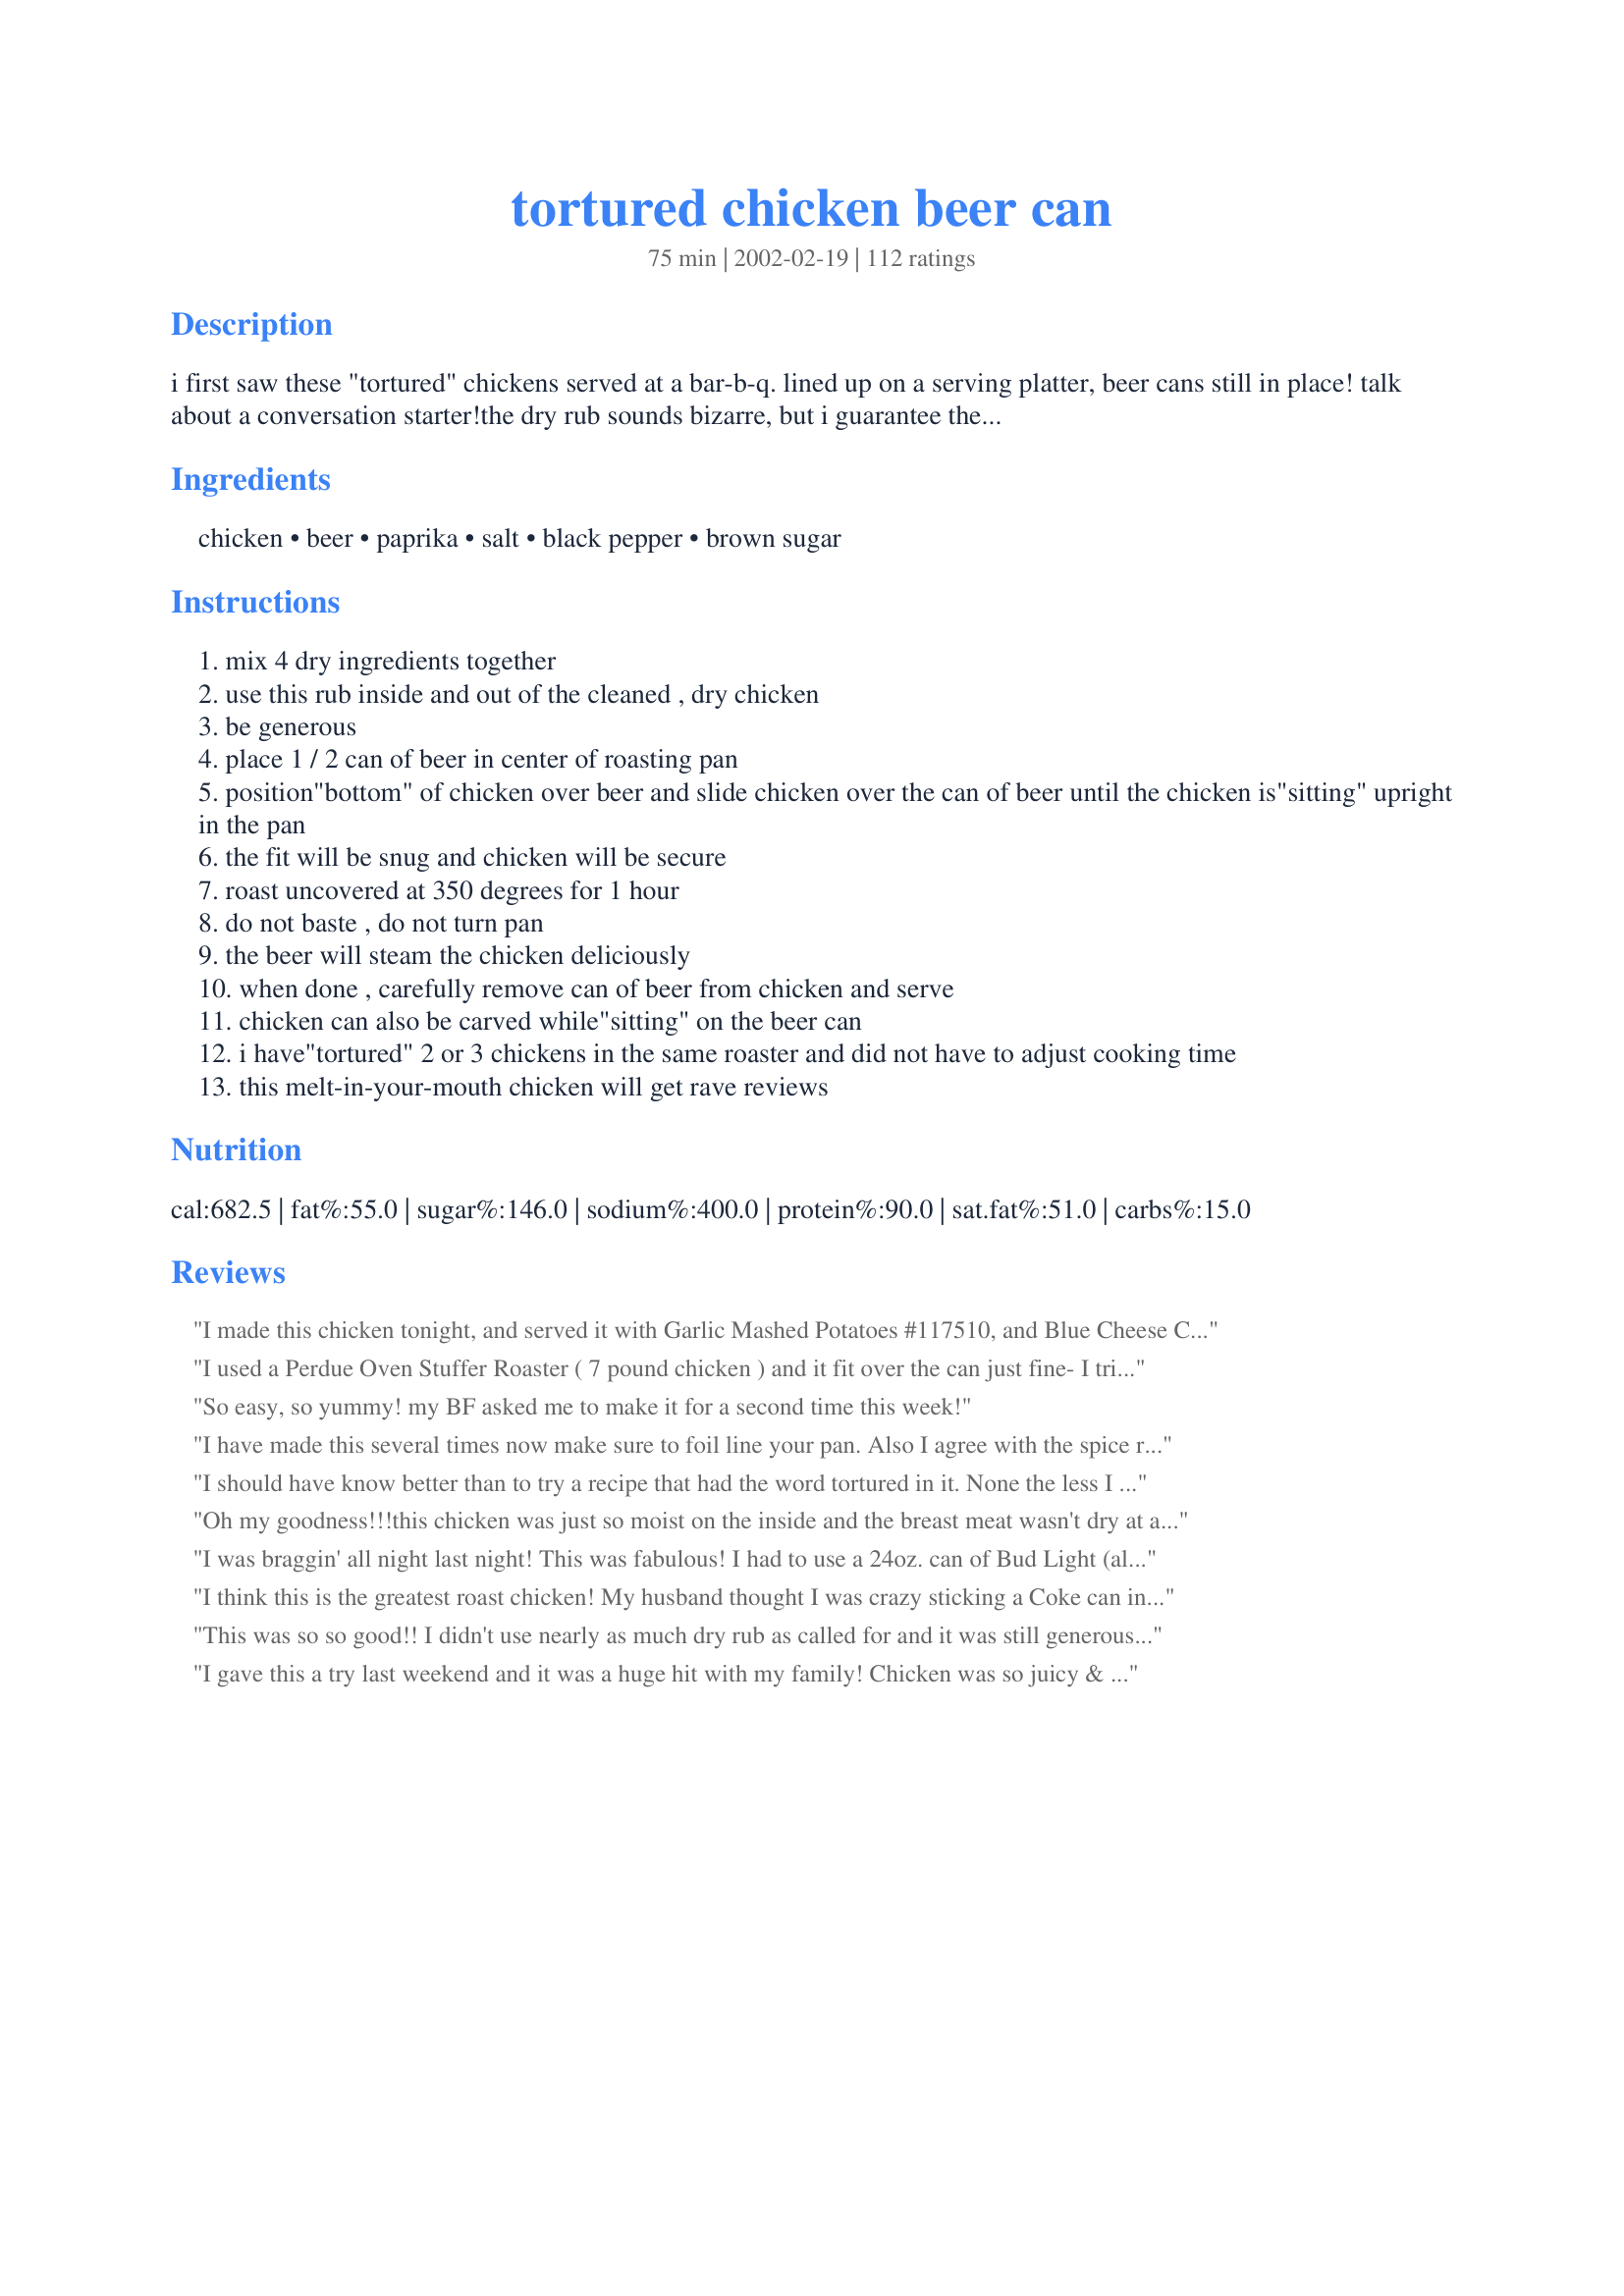
tortured chicken beer can
Preparation time: 75 minutes

i first saw these "tortured" chickens served at a bar-b-q. lined up on a serving platter, beer cans still in place! talk about a conversation starter!the dry rub sounds bizarre, but i guarantee the proportions blend into a delicious combination.

Ingredients:
chicken, beer, paprika, salt, black pepper, brown sugar

Steps:
mix 4 dry ingredients together
use this rub inside and out of the cleaned , dry chicken
be generous
place 1 / 2 can of beer in center of roasting pan
position"bottom" of chicken over beer and slide chicken over the can of beer until the chicken is"sitting" upright in the pan
the fit will be snug and chicken will be secure
roast uncovered at 350 degrees for 1 hour
do not baste , do not turn pan
the beer will steam the chicken deliciously
when done , carefully remove can of beer from chicken and serve
chicken can also be carved while"sitting" on the beer can
i have"tortured" 2 or 3 chickens in the same roaster and did not have to adjust cooking time
this melt-in-your-mouth chicken will get rave reviews

Reviews:
I made this chicken tonight, and served it with Garlic Mashed Potatoes #117510, and Blue Cheese Chopped Salad #114912 - what a wonderful meal!!! DH wants it again this week!!!
I used a Perdue Oven Stuffer Roaster ( 7 pound chicken ) and it fit over the can just fine- I trippled the ingredients. I roasted the chicken until the thermometer read 170 degrees F. The chicken came out great--everyone loved it. I made soup out of the carcass the next day. thank you.
So easy, so yummy! my BF asked me to make it for a second time this week!
I have made this several times now make sure to foil line your pan. Also I agree with the spice rub being too much for one chicken, I usually just bag the extra, label it and save it for next time but could just as easily cut the spice rub recipe in half
I should have know better than to try a recipe that had the word tortured in it. None the less I gave in to the rave reviews. My husband commented that the chicken was definitely tortured, and I couldn't even eat mine. I had hoped to add to the wondeful things said about this recipe but I can't.
Oh my goodness!!!this chicken was just so moist on the inside and the breast meat wasn't dry at all.when i was looking at the ingredients for the rub, i was thinking that was way too much salt,so i cut way back on everything.this is how i made the rub, i used 1/4 cup of packed brown sugar,1 1/2 teaspoons salt, 1 teaspoon back pepper,2 teaspoons paprika,and i added about 1 1/2 teaspoons garlic powder. i had a 4 pound chicken and this was plenty of rub for it inside and out. since it was a bigger bird i let it bake for an 1 1/2 at 350º.it turned out so great.this will be made often in my home.thank you so much for posting.
I was braggin' all night last night! This was fabulous! I had to use a 24oz. can of Bud Light (all I could find at store). Rubbed chicken with seasonings and let sit in refrigerator 24hrs. Baked 50 minutes....the juiciest chicken I've ever tasted!
I think this is the greatest roast chicken! My husband thought I was crazy sticking a Coke can into this chicken, but now he can't stop raving!
This was so so good!! I didn't use nearly as much dry rub as called for and it was still generous and it came out so delicious!!! The chicken was so moist!! I made chicken broth with the leftover bones and skin and whatever little meat was left!! Thanks for this wonderful recipe!!
I gave this a try last weekend and it was a huge hit with my family! Chicken was so juicy & tender! I've shared this recipe with many of my friends since then and they've all LOVED it too! Thanks so much!!
Everyone loved these tortured chickens! I made this recipe for a family get together. The unusal presentation got them all interested and the taste kept them coming back for more. I made four 3.5 to 4lb chickens on this occasion and still had enough rub leftover to make two more later in the week. My family especially loves this recipe because cooking upright means lots of crispy seasoned skin on these birds. A definate favorite in my house.
I rub this at home and then bring it to camp with us. The whole family loves it and it's our camping ritual. :D
I chose this recipe because I wanted to try this type of chicken, but one that would work well in the oven since I don't have an outside grill. Based on the reviews, I expected this to be great. I followed the directions exactly and not only was the flavor not all that great, the entire dinner was a bust. At the end of an hour of bakinbg the top of the chicken was almost burnt and dried out and the bottom was pretty much raw. This, even after a comment I saw in the reviews I took all my oven racks except the bottom one to even out the heat so that wouldn't happen. Didn't work. So I had to cover the top with foil and take out the other dishes I had to go with it and continue baking for almost 50 minutes (and my oven is pretty on target), then had to reheat the other dishes which did not exactly improve them. And this was only a 2 lb chicken, I could only imagine a 2.5 lb. one. Nobody was even very impressed by the flavor. Some found it too spicy and salty, some just found it unimpressive. I had hoped the steaming would mellow out the flavors and it would all blend together well and it did not. I'm sorry, I had really expected to like this, and I don't like giving low reviews, but between the disappointing flavor and the disastrous results when I had guests for something as simple as a roast chicken, and the fact that the directions did not come close to realistic, I had to be honest. Pethaps this type of chicken really does need to be done on a grill where the heat is strongest where the bird is thickest.
Delicious! I didn't use as much paprika and I added some other spices. Used Bud Light since that is what hubby drinks. I was really excited to try the recipe and after it was finished, I was cleaning the meat off the chicken and couldn't stop sneaking pieces. I asked my husband how he liked it and he said, "It was okay." But found out a few days later that he told his mom all about it and how good it was. (We're newlyweds and he always compares his dad's cooking to mine... I usually loose, so I was happy!) Will definitely make again as it has been requested by the in-laws. Thank you!
I believe in Keep It Simple. This recipe passes the test.

I was concerned about the amount of 'rub' to put on the chicken. I was right -- it was far too much. I was concerned about the sugar as we are not into 'sweet' dishes. For me, I was right.

The result -- about the most tender chicken I ever cooked. It also made terrific sandwiches for lunch the next day. Alas, having generously applied the rub, we discarded the wings. Too sweet and too salty.

Will I 'torture' a chicken again? You bet. However, next time, I would vary the ingredients for the rub. Very much reduce the salt and the sugar -- and add some favourites such as garlic, perhaps chili, etc.

Debra, thank your for introducing us to 'chicken on a tinnie' (can of beer).
This is delicious, moist chicken. I sprayed the can with vegetable cooking spray which made it easier to remove when the bird cooled down a bit. Since I am a solo diner, I made this on a Saturday, ate a portion for dinner, saved a portion for Monday lunch, then on Sunday made soup from the leftover parts (I rinsed off the glaze before simmering). The broth had a rich deep color and was very tasty.
This was the best chicken I have ever tasted!! So moist and the flavor was wonderful!
So tender! Only problem I had was the bird and can kept tipping over as I tried to get them in the oven. Next time, I'll probably leave out a little pepper and paprika to make room for some garlic. Very nice.
Very good chicken.
The recipe makes WAY to much rub though, I was very generous with it and threw more than half away, stupid me didnt think to put the rub in something and sroinkle it on the chicken, I just sat the chicken in it and rubbed it on, so it is my fault so much was wasted.
I used Coors and I was afraid it would taste like it, it had zero beer flavour at all.
I cooked this in the oven, it took 30 minutes longer than the recipe stated for me.
This is a unique idea.
I must admit I was a bit skeptical about the amounts in the ingredients, but decided to give it a go. The worse that could happen is that I would not like it, but I could always remove the skin. Well, my husband (not knowing how recipes are rated) said, &quot;Honey, you get 5 stars with this meal&quot;. It was delicious!!! But, I can't imagine using all the seasoning for a 2-2 1/2 lb chicken. I made a 5 1/2 lb chicken and was &quot;extremely&quot; generous with the seasoning (used it all). I found it difficult to remove the can before serving so I served it intact. I served it with Sweet Onions (a recipe that I just posted here today) and roasted asparagus (with garlic, red, yellow and green peppers) which I am about to post.
UPDATE: Made this for the second time. I cut the rub recipe in half and still didn't use it all. Had plenty left over. The top of the chicken and the wings were burnt black (both times). Really to burnt to eat. The next time I make this recipe I will definately cover them with chef's foil once they have browned.

I wonder if anyone else has had this happen. I have a convection oven &amp; cooking temperatures are always lower by, at least, 25 degrees.
It amazingg recipe, I put all herbs i had here, and at the end, u take out the juice in the can, and cook a few with some flour to thiken , and serve over the chiken as a sauce.
The best chiken i ever ate.....
I've had this can of beer in my fridge for a while,left over from when some of the guys came over to watch footie,and as my husband will only drink bottled beer I felt compelled to put it to some good use!! Very glad that I did!! I cut down the quantity of the rub,but still using the same proportions.I was very generous with it,but still had loads left over (stored in an airtight for next time).The skin was wonderfully crisp and the paprika and sugar gave it a wonderful flavour.The chicken itself was moist and tender.I had to dismember it on the can,as I had rammed it on there so hard,but no great hardship.I served this with a warm baked potato salad,and crisp salad,and it was fantastic.I know that you can also do this with wine in a can.Either way,you should give it a go-I'll be doing it again!!
This recipe is the quickest and easiest way to fix chicken. I made two chickens and had plenty without doubling rub amounts. I did also add a bit of garlic powder. I sprayed the beer cans with cooking spray but should have also sprayed the pan for easier clean up. Eveyone loved the chicken, it was very moist and tender. I love cold leftover chicken and this was the best leftover chicken I have ever eaten! ***Almost forgot...BE SURE THAT YOUR CHICKEN FITS IN THE OVEN BEFORE YOU PREHEAT IT! I had to take the top rack out at home and at my MIL's. ***
I have been hearing about this for awhile and wanted to try it. WOWSERS very happy I did! Made for bbq b-day party and it got RAVE reviews.
Great recipe I have made this several times the only change I make is cutting down on the salt.
I am thinking of using Chipotle powder next time instead of paprika.
Perfect chicken is all I can say. I have been making beer in the but chicken for years outside in summer, never occured to me to make it in the oven dah! This is the second time I am makin this, and realized I haven't reviewed it. I loved it, we all did, because I am a WW I didn't get to try the skin, boohoo, but I am sneakin a bite tonite! Last time I did exactly as written and by reviews new rub would be too much, I just put extra in container and was ready to go today. Love that too. Convient. My husband who hates a lot of salt, even told a waiter at a resturant they were trying to vapor lock him with too much salt on his food and sent it back, never said a word about too much salt. Amazing to me after reviews. But we give this 2 thumbs up. Also today I don't have any beer, lots of soda though and I chose to use a Pepsi holiday spice, because no one likes it to drink, thinking that might add another flavor, I feel very confindent it will be delicious also.
I made this a few nights ago with a 2.5 kilo chook, in a foil-lined pan. I halved the rubbing mixture and it was about the right amount. VERY messy hands LOL. Sadly, my chook fell over about half way thru cooking. I drained off most of the beer but the skin could've been crispier. Nevertheless, this dish was superbly moist & tender & a big hit with son & hubby. I will definitely be making it many times in the future. I've sent an urgent email to son's Godparents in Utah to hunt for a Beer In The But holder to bring when they come to Perth in October but in the meantime, maybe I'll try a smaller chook.

The leftovers were fabulous warmed and served with Lebanese bread, hummos, tabbouleh & baba ghanoush (my standard way of using leftover roasts).
This chicken is fabulous! Tender, juicy and very flavorful. I used all the suggested amounts on a 7 pounder, using a ceramic baking pan made for cooking a chicken on end, and baking till done. I will very definitely prepare this recipe again and look forward to it! Thanks for submitting this recipe, debra dolman!
i used this in conjunction with the technique in recipe #105725. so i stuffed lemons and garlic in the cavity. i roasted for an hour at 400, then added the water and cooked at 300 until 180 degrees F (not sure why the recipe called for bringing it back up). i think that helped keep it from getting too black on top? i also reduced the rub and still came out w/enough for a 2nd chicken (i used 1/4 c. each of paprika, salt, pepper and 1/2 c. of brown sugar). i ate a wing and almost half the skin immediately. my chicken was smaller (about 2 lbs?), so i think that's why it doesn't fall over. with the bigger chickens, it might be good to use a bigger can for stability.
That must have hurt ;) Shouldn't this recipe be rated "R"?

As you say, a great conversation starter.
This was OK, to prevent the can from sticking and the cleanup problem, I sprayed the can and pan with pam. Way to much rub and cooking time is too short, it took 1.5 hours for a 2.5 pound chicken. A little too weat for use but the meat was tender ans juicey.
After several e-mails about this chicken from others, and reading the reviews, I too cut the salt way back! 1/3 cup for one 4.5 pound chicken was way too much. I made using 1 tablespoon salt, 1-1/2 tablespoon pepper, 2 tablespoons paprika and 3 tablespoons brown sugar. The chicken as perfect! I don't eat the skin of the chicken but the meat was moist and the rub flavored every single bite. Thanks for a great meal!
Personally, I did not care for it. I don't really like paprika so I should've known that 1/3 cup of it would not make me like it any better. Too salty, I would use a different rub instead. Sorry, it was a waste of chicken for me.
Oh my goodness, this was so good!! The chicken only fell over a couple of times (tipsy from the beer, I guess), and the taste was amazing. I had a 5 lb chicken, and it took close to 2 hours to cook, plus my wings and the top started to burn, so I covered with foil, but this was such and easy, yummy recipe, I can't wait to make again! This will be the ONLY way we roast chicken now! Thanks for posting such a delicious recipe!
I did this recently on a gas BBQ (light only one side, and cook the chicken on the UNlit side). I also threw some of the rub into the half can of beer. What's good about this recipe is that you can change the rub for a whole nother flavor, perhaps Indian spices, for example. When I did mine I also put some mesquite chips that I'd soaked in water for a while in a foil packet, poked some holes in it, put it right on the briquettes, and closed the BBQ for an hour. The most terrific thing about this recipe is how moist the chicken turns out.
DS is scarred for life having to assemble this. We cooked this on the BBQ with the lid closed. Fantastic chicken and great cold too!
We in the south call this beer butt chicken. I use a lot of creole seasoning for my dry rub and cook it on the grill. Work some of the dry rub under the skin too. My version is hot and spicy and yes moist and delicious. Gloria
this is a very good recipe and i will definitely make this recipe again. next time i will cut back on the salt because even though i am a salt fanatic this was too salty for me. i also suggest that you use a foil-lined pan because it gets very messy. i was very generous with the rub on my 2 1/2 pound chicken and had enough rub left over for probably 3 more chickens. i do recommend loosely tenting the top of the chicken with foil because it can get quite dark. thank you for sharing the recipe.
Made this for the third time, using the spice rub from recipe #95376 (for BBQ Salmon)--it was excellent and enjoyed by all with great flavor and much healthier....you can't find a way to cook chicken that will be moister than this!
I've wanted to make this for awhile because I love the name, had lots of the rub left and I too was generous with it. We all liked the 'barbecued' flavour and the chicken was very tender.
Took about 1 hour and 15 minutes to cook through.
This chicken really rocks. It was the name that prompted me to check out the recipe, but it's the way it tasted that's going to have me making this again and again. I was a little wary of the salt content (1 serving has 395% of the USRDA!) so I cut back on the salt, added some garlic and ground ginger instead. We're also not beer drinkers, I can't take the smell of it myself, so I used half a can of Coke instead. The chicken was delicious, the kids were fighting over the skin, and this recipe makes you wish a chicken had more than 2 legs as well. The skin came out crispy, the meat was moist, and there was nothing left for the poor dog!
The best roasted chicken I ever had.
Will make again.

This is an an excellent way to cook chicken and keep it moist. I have cooked chicken this way for years and vary the seasonings a lot. I now use a Tipsy Chicken cooker for my chicken instead of a beer can. It will not tip over. Go to the Tipsy Chicken or Char Broil web site to order one. One more thing, in Texas these are Beer in the Rear Chicken.
I don't know what Charmed is talking about but I sure appreciate this recipe. I love how it made my chicken juicy and the seasoning worked out well. I thought it was going to be sweet so I threw some minced garlic in my dry ingredients. I'll be torturing a chicken again after the holidays. Thanks a lot for this one Debra.
Way too salty--
I like the idea of baking a chicken this way and will try it using wine instead of beer, and season with garlic, onion powder and paprika (and maybe a dash of salt and sugar).
Great recipe! We did it on the gas grill & it turned out great. It does make a lot of rub so we put some in the beer can for added flavor.
The best roasted chicken we have ever had. Don't play with the spice mixture it's perfect. We cooked ours on the grill and the only addition was that we added about 1Tablespoon of liquid smoke to the beer can and stuffed a potato in the neck to keep the steam inside the bird. I used 1/3 cup of the seasoning and it was perfect for 1 - 4 lb. chicken. This one is a keeper.
great chicken. the rub is delicious! had fun watching the amused reactions from other people as the chicken was cooking (as my oven is in the common room, i stay in a university residential college), it does look really tortured! reduced the salt to less than 1/4 cup according to previous reviews and it was just right. thanks!
So I finally got around to trying this. It was excellent. Simple too. I made 3 to feed 10 people and it was just enough rub. I meant to put the rub under the skin as well as outside but spaced it. I wish I had. I was still good but I believe it would be even better under the skin too. I did coat the insides well and was generous on the outside too. The rub was not too salty. I think using a grinder to make the spices more evenly grond would be better. I used budweiser. I had slight balancing issues, but it was no problem. I sprayed the beer cans with pam before inserting but still had trouble getting out after cooked. It was easier after it was half carved. All 10 loved it. I will buy the can holding roaster at Wal Mart. This makes it very much like rotisserie. Very tender and awesome texture for chicken. I did put potatoes in the necks too but I don't think it would make much difference if I hadn't. I recommend everyone try to cook a chicken this way.
I have made a similar recipe called "Beer Can Chicken" and prepared it on the BBQ (gas) grill, often substituting a can of 7-Up/Sprite or Pepsi/Coke and Durkee Grill Mates seasoning. If you want really crispy skin, I rub the chicken with olive oil before seasoning. Also, at Walmart, I found a very useful "holder" made especially for this recipe. As a note, try spraying the cavity of the chicken with cooking spray for easy release from the can. I am going to try this seasoning recipe next time I prepare my chicken...the brown sugar sounds intriguing.
Great easy chicken recipe. I made 2 chickens at the same time. One of the chickens refused to stand up, but turned out good because it cooked lying in the spilled beer. The chicken was tasty and moist.
The chicken was very juicy, I will make it again. My chicken was about 5 pounds and I felt that the rub was way too salty for me. I will reduce the salt next time and use about half of the rub.
 Wow! This is an excellent, albeit unorthodox, way to cook chicken. Often, I encounter highly rated recipes that, frankly, leave me scratching my head, but this isn't one of them. I noticed that the dry rub called for twice the amount of brown sugar as spices, so I did 1/2 cup of sugar and 1/4 cup everything else. Even so, I still had enough for the one I made tonight and my next one (and there will be a next one). I might cut down on pepper the next time I make the rub. The salt could probably be cut down too with no loss of flavor. I used sea salt and whole black peppercorns and ground both myself. This might have accounted for the strong flavors of each. Even so, I have never had a chicken this moist and juicy. Now I'm going to be in search of a giant beer can to do my Thanksgiving turkey! Thanks for posting this.
Too salty and the can did not fit inside my 4lb. chicken (also fell over in the oven). With less salt the rub is good. I will make the rub again.
Fabulous and fun. Cooked up four 3 pounders and served them in centre of table in the low roaster they cooked in so guests could slice off their own portions. Did not increase the spices at all and still had more than enuf - did tent with foil half way through to prevent burning and lined pan with foil for easy cleanup. Cooked for 2 1/2 to 3 hours (use a meat therm to ensure cooked thru - believe 190F) Served up with several cold salads served in tortilla bowls. Great presentation and guests of 10 impressed. Thank You!
Delicious! All tho, pls make sure the cooking time is according to the weight of the chicken. It says 1 hour hrre, but if you notice it is for a 2.5 lbs chicken. Other wise, this was the bomb!
This was SO good. Tasty, juicy, terrific. I made half the rub and still had half left over, and I WAS generous.
I can't see why you couldn't massage this into wings, and bake them on a rack over a baking dish of beer in the oven or BBQ for yummy finger food.
A bit hard to extract the hot beer can but well worth it!
This was just amazing. I've never had such juicy chicken before.

My oven is quite small, so I had to have it on the very bottom, and I covered the top with foil since it was only an inch from the heating element. I also reduced the salt and added a good amount of garlic. It made far more rub than I need, so I have some in a jar now for the next time I make this. :-)
What a great recipe! The chicken was moist, tender and delicious! My guests and kids got a big kick out of the technique too! I used 3 pound chicken and had plenty of rub left over. I cut back on the black pepper as I am not a big pepper fan and would have liked the skin to be a bit more crisp but I think I will need to do some tweaking to find just the right rub for me. Overall it was a great meal and I will definitely be cooking this again.
This chicken is very delicious and fun to fix.
All the great reviews inspired me to try this. I was glad i did. I did brine the chicken during the day (about eight hours) The only thing I did differently after that was to add some garlic powder and onion powder to the rub mixture. Getting the can out was a challenge. I usually never eat the skin because I feel so guilty about the extra calories, but I just had to this time!
Thanks for the great recipe. A bit on the strange side, but why not - since cooking is an art form all in its own. My 3 year old daughter wondered why the chicken looked so "funny". I agreed with her, but gave it a try anyway. Sure glad we did. When I usually cook chicken, I always throw the skin away - well my DH was thrilled to come home and be able to actually eat the chicken skin. WOW - what a treat. The chicken was very juicy and had a wonderful taste. Thanks for the recipe!
Ths was a very good recipe. It was quick, easy, and my kids actually ate it! There was too much rub, though. The recipe should be cut in half. I cooked a 5 lb. chicken and I had enough rub left for 2 more chickens. This would probably be really good with a turkey.
I've been wanting to try this for ages and before I did, I read all the previous 53 reviews. Accordingly I covered the wings and top of my 5.5lb chicken as well as my pan with foil, used 1/2 of the rub recipe under the skin as well as outside and inside the cavity, placed a potato in the neck to prevent moisture from escaping, and because all I had was an empty soda can, filled it 3/4 full with water. It all seemed to work well although it took 2+ hours to roast to 180° internally. I reduced the quantity of salt and sugar due to some others' comments but I won't next time. This is a terrific recipe and an almost magical technique- it really does produce exceptionally moist chicken.
Holy Cow! This was one juicy chicken. Really, i thought i wasn't finished cooking with all the juice pouring out. You really need to give this the five minutes to absorb some of those extra juices back into the meat before you carve it. I used Dr. Pepper, Beer isn't a smell i can handle. I also made my own rub, but followed the recipe. Paprika, seasoning salt, pepper and brown sugar. Large amounts of each. I had enough to coat under and on the skin. The whole thing tasted great. It was also very easy to cook in the oven, instead of on the grill.
Thanks for a great recipe.
Yum! We've made these several times this summer, always on the grill, usually with an "oven stuffer" chicken, about 5-6 pounds, for 2 to 2 1/2 hours. I made the rub and keep it in a jar and we've made 4 chickens so far and still have enough rub for one more! The kids love it, too.
It was really good. We used Sprite instead of beer, and garlic powder instead of so much salt.
Very good and fast recipe. I did cut the spice rub in half and still had too much. I also added about a tablespoon of garlic powder to our rub mix. I had no problems keeping the chicken balanced on the beer can but maybe because can was 2/3 full. Waited about 15 minutes after it was out of the oven and chicken slipped off can pretty easily.
I made this with a small chicken and found 1 tablespoon of each spice plus 2 tablespoons of brown sugar was exactly the right amount. Using heaped tablespoons would be fine for a larger chicken. I substituted 1/2 tablespoon of garlic powder for 1/2 tablespoon of the salt. I set the roasting pan on the lowest rack in the oven and covered the wings with foil halfway through the cooking time. I had no trouble extracting the can from chicken's butt - but then I once had a job giving enemas! I just served the chicken with a simple salad and it was delicious. I'm anxious to experiment further with different rubs. BTW the lady at the bottle shop (liquor store) gave me a *very* strange look when I told her what I was planning to do with a single can of beer ;-)
I made this last week and just forgot to post a review. Sorry. Anyway, we absolutely loved the chicken and it was a fun recipe. I cooked mine on the grill instead of in the oven and used a coke instead of beer - but it was still very very yummy!
This is hands down the best chicken i have ever had. It was so tender and juicy! I made the rub with the addition of garlic powder as several reviewers suggested and there is enough left over to make this again and I made teo 5lb+ birds. Nobody thought it was too salty. The cooking time was longer and i did use the potato in the neck to keep the moisture in. Can't wait to make this again and my family can't wait to eat it again.
Made two of these tonight for my family and they were AWESOME!!! I had never made a chicken this way before, so I looked at a lot of recipes and finally decided to try this one. I used about half of the seasoning for 2 chickens and they came out perfectly! I tend to bake my chickens a little longer than most because I am always afraid of them not being done, so I cooked two together at 350 degrees for 2 hours and they turned out great. They were moist and flavorful all the way through. Even my dad, who NEVER likes anything new that we try, LOVED them!!! He went on and on about them. My entire family loved them...even my 8 year old daughter who is very picky! Thank you for sharing this wonderful recipe!!! It will surely be one of our family favorites from now on!!! :)
This was fantastic. My husband has requested that I make it again. My 18 year old son had issues about where the beer can went but he ate his fair share. The look on his face was pricelss. This is a keeper. My 7 year old loves Sticky Chicken ( which he calls Spicy Chicken) but he says he likes this much better. We like Sticky Chicken but we like this better as its not as hot. I can't wait to make this next time we have company.
This makes awesome chicken! We eat this about once a week, and call it beer can chicken. One variation that we use a lot is to put a dry white wine in the can instead of beer. Another way to cook this, if you like to use a barbeque grill, is to cook it on a baking pan on the grill. Yum!
Loved this method of cooking chicken. The chicken was so very moist. I didn't use the rub in your recipe because I had used a similar rub for ribs the night before. I put a few pieces of butter under the skin and then rubbed the outside skin with olive oil. I then used the rub from recipe 73103. I did have to remove the top rack from my oven to make the chicken fit since it was standing up. Will be making this a lot.
I totally forgot to cut back on the salt like many people had mentioned and so yes it was very salty. I always use freshly ground mixed peppercorns so I had to spend quite along time grinding pepper. I did halve the spices and still had plenty for 2-5lb chickens. Served this with recipe#153388 and recipe#216663
I liked this recipe because it resulted in a nice, tender chicken. However, I found the rub to be a little too sweet -- next time I will cut back on the brown sugar and add a few more spices. Thanks!
Awesome recipe! Finger licking goodness my whole family enjoyed! The only thing I did differently is I put in smoked paprika,I have not had this recipe with regular paprika but I do know the smoked is awesome!!! Give it a try you will love love love this recipe!
I used exact measurements for the ingredients and it was a little to spicy for me. My husband loved it. The meat was very tender.
My family was very impresse with this meal. The rub is outstanding. I cut the recipe in half and still had enough leftover to use on plain chicken breasts. I placed the rub under the skin on both sides of the chicken, outside, and inside the cavity. The trick to keeping this chicken moist and not burnt is to make sure it is 8" from the top of your oven or grill. Also, place an onion or potato inside the neck of the chicken. This keeps the moisture in. Don't be afraid to use beer for it doesn't add a beer taste to the chicken but just provides moisture. Another trick to this chicken if cooked in the oven is to place it on a cake sheet with about 1/4 cup to 1/2 cup depending on how deep your cake sheet is. This also keeps the moisture in the chicken. I found that I couldn't make a gravy from the drippings because it was all fat even after I put it in my defatter. As one reviwer stated, this chicken would be great with lemon-lime soda and other liquids. What made this recipe easy for me to prepare was at my local Walmart I actually found a Chicken Butt Can holder. It is a round base with a tube shape in the middle to hold the beer can. What a great invention. It helped keep the chicken upright and was easy to remove after cooking. It suggested letting the chicken stand for five to 10 minutes before removing the holder which was just perfect. Thanks for a great recipe. I will definately be making this again!
I've always wanted to try this recipe on the grill. Then I found this one and it never occurred to me I could make it in the oven. I was so excited. The chicken was so moist and the skin was delicious. I found myself nibbling on it as i was slicing it. The only thing I had to do was cover the chicken half way through as the skin was starting to burn.
really good chicken
Delicious moist chicken! I used a big roasting chicken, made 1/2 the rub and generously rubbed inside and out. I also rubbed outside of chicken with olive oil per another suggestion. Skin tasted great too!
Not sure if the beer adds much flavour. Would just use another liquid next time rather than go out to get beer especially for this recipe. The can of liquid does make the chicken tender, but I've found that it's just as tender if you slow roast the chicken. However, this does cook the chicken in half the time of slow roasting. If I had the time, I would just slow roast the chicken to save the hassle of setting up and removing the can.
I have been wanting to try this for a long time. Made this for the Zaar Cookathon/4th of July cookout. Oh Yeah!! Outstanding. The meat was sooooo incredibly moist and tender. I made 4 of these because I was cooking for a large crowd. I doubled the rub amount and had more than enough. The rub gave a wonderful flavor. Left the beer cans in place because like others, I had a hard time removing them. Thanks for a great recipe.
Wow! This is going to become a regular meal for us. Our "picky" teen had three helpings. I made a huge chicken and had enough to make chicken salad. That is something you want to try! It was the most amazing chicken salad due to flavor of the "tortured chicken" in it. Thank you, thank you, thank you!
The biggest problem I had was finding a 2 1/2 pound chicken. I had to go yo Whole Foods to find a smaller one. Next time I will reduce the salt to 1/4 cup. Very tender. I cooked for 1 hour an 15 minutes. The smell started shortly after putting in the oven. I was ready to devour when the timer went off. Thanks for posting.
Very juicy & tasty! It was a tad too seasoned for us (we have lame tastebuds in this family :) ) but other than that just fabulous! Just like Mirj, I also used coke instead of a beer can due to preference of the house but it was delicious, so juicy! Thanks for posting!
This was fantastic, ooooooh sooooo good. Even my picky eight year old who is not big on meats went back for seconds. My DH and older kids raved about it. The only problem I had was why haven't I made this sooner. I made rub as specified and still had more than enough for two chickens. One of which I have wrapped in foil in the frig for another night of leftovers. Thanks so much for posting. Darlene
My family had as much fun watching these chickens cook as they did eating it. My oven has a window and light. I put them in the oven when no one was around and the kitchen light was off. My husband, a photographer, found them iiluminated in the kitchen oven and started photographing them. He developed the pictures before everyone arrived and we all got a kick out of how the chickens looked in the oven (I made 2). Well they tasted as great as they looked and the consensus was that they were finger licking good. My family doesn't usually like the skin on the chicken, but this was too good to pass up. I did encounter one problem and that was that one chicken fell over halfway through and it wasn't so easy to get him upright again.
I served this at our July 4th party. First of all, a big conversation piece. I cooked 2 whole chickens and had more than enough rub. The meat was so tender and juicy and we like salt so we thought the seasoning was perfect. I too had difficulty removing the beer cans so we just left them in. Thanks Debra.
Excellent recipe and rub, then a treat to see a chef prepare your "tortured chicken" on the Today Show, 5/25/02. Among other variations, like using coke or lemonade, he displayed Beijing Chicken, Root Beer Game Hens, Duckling À L’ORANGE and Beer Can Turkey. Get all the recipes from the website at: http://www.msnbc.com/news/757006.asp
Enjoy - I certainly did!
delicious!!!<br/>i use less salt<br/>every time the chicken comes out moist and delightful...love kare xo
I tried this tonight with Dr. Pepper instead of beer (a friend left a couple here and it was all I had) and dropped the amount of salt (added some garlic powder to make of the qty difference for the salt). It turned out quite juicy. I do have to tell you however that it was starting to blacken so I had to top for the last 15-20 minutes with foil. Thank!
I didn't have everything I needed to actually do the chicken, but I did make the rub and put it on a pork shoulder which I then grilled. Absolutely awesome. Can't wait to go get some chickens and beer and go the whole nine.
Sooo good! I used 1 T. each salt, pepper and paprika and 2 T. brown sugar. Can't wait to make again. Used coke instead of beer.
Very good. The flavor of the spice rub was great, I wuld use it in other dishes too. I think next time I will rub some of the spice under the skin too, other than that, it was great.
Very moist and tasty! (and I always cook it in the oven for about 1 hr 20 mins but my oven is not calibrated correctly.)
Very Good. Very easy. Chicken came out juicy and tender. Thanks for the recipe!
Not a beer lover as a general rule, I was a bit hesitant to try this recipe, but there is now a 6 pack sitting in my fridge just waiting for the next chicken! Using a 5 lb. chicken, I cut back a bit on the salt & added some garlic powder to the spice mixture. I placed a 1/2 full can of beer in the center of a rack that goes up the bird's tush so that the bird was supported by both the beer can & the rack. The chicken cooked until the internal temp read 180 degrees F. The chicken was ultra moist, did not have the slightest taste of beer & when a piece of meat was combined with the spicy, crispy skin, the taste was out of this world. This recipe has now become a weekly staple. Thanks for sharing Debra.
came out really good, i used a big bird and took almost 2 hours on convection baking but it was worth it.
Five stars all the way baby! This recipe totally amazed me. I left half of the beer in the can. I also halved the seasoning and added garlic powder. It was cool to see the chicken stand up like that. I cooked for 1 hour but it was still pink so I think 30 minutes more would be better.THE CHICKEN WAS MOIST AND JUICY. I let the chicken set for 15 minutes and the can slid right out. Next time it will be a 2 chicken show.
We loved it!! I cooked it on the bottom rack of the oven and lightly covered with foil after about 3/4 done. My chicken was 5.88lbs, pre-seasoned with garlic and herbs and it took 1 1/2 hrs to cook and then I let it rest for about 15 minutes. YUM! I made 1/2 the amount of rub and really piled it on - next time I'll use less pepper - it was a bit peppery for us. Glad I tried this, it was very good.
I must confess I've now been found guilty as charged. I've made this recipe 4 times in 3 weeks and hadn't reviewed it till now. The first time I made it, It barely made it out of the oven when I had to have a bite, well that bite turned into lunch and an early dinner for me, I couldn't stop eating it. We have Corona bottles, so beer was out of the question. I subed a half can of a foil covered Pepsi ( wasn't sure about the colours of the can affecting it in anyway, punched a hole through the foil on the opening of the can to let the steam out, added some garlic cloves too. Unfortunately, my DH missed that one, the second and third cooking he also missed, my best friend and I devoured them. Darn, the bad luck for him..hehehe. The fourth time he made it home for a wing and part of a breast. Guess who, after eating those small pieces went to the store and bought 4 whole chickens. He now wants at least one to himself..hahahahah. I'm make him one this weekend. I promise. I baked them using a foil lined pan for no clean up and sliced them right on the can, so easy, they literally sliced right off. Thank you for such a great recipe !!!
Have you ever wanted to torture a chicken? I mean - REALLY TORTURE a chicken? Fear not - here's your chance - this one is fun and satisfying, too. Just CRAM that beer can right on UP there!!!! You know you want to!!! Wonderful recipe - but my 4.5 lb chicken (where the heck do you people find 2lb. chickens, anyway?) needed more than an hour to cook. I think another fifteen or twenty minutes would have done it. This one's a keeper.
This chicken was so yummy! Very easy, my DH loved it and the kids even like it. Great recipe.
great easy recipe!! i found a 'chicken beer can roaster' for 17.00 including shipping @ http://www.beercanchickenroaster.com/cgi-bin/cp-app.pl?pg=cat&ref=roaster_products - recvd it within 2 days- but its so EASY to use! i had a 6 lb chicken- used half of what the recipe called for and it was more than enough...this will be a usual in our house fm now on! THANKS!!
We love this recipe i have made it 3 times and everytime it gets better.. Thank You for the great recipe!!!
I have been looking for the perfect way to roast chicken...seems to me I have found it with this one, Yay! I did switch up the rub a but which made for a delicious sauce that everyone dipped and re-dipped their bread into. For the rub I used: <br/><br/>1 teaspoons paprika<br/>1 teaspoon cayenne pepper<br/>1 teaspoon echalotes (dry)<br/>1 teaspoon thyme<br/>3 cloves garlic (pressed)<br/>1/2 cup - 3/4 cup sugar (prefer brown but white works as well)<br/>Mix top ingredients together<br/>Then added <br/>1/2 can of beer to the pan ( didn't want to have to drink 1/2 beer. Not a beer drinker :^))<br/>1/2 vegetable bouillon cube added to the half can of beer in pan<br/> Either way this recipe is a sure keeper and I look forward to making it again and again through the years. Thanks a bunch!
Great recipe! I used an "oven stuffer" (5 lb.) chicken and had plenty of the dry rub. If you use a smaller chicken, cut the rub recipe in half. You will still have enough and have a wonderfully flavored chicken. I also recommend putting foil on the bottom of the roaster. It will save you clean up later.
This recipe is truly delicious and easy to make. If you have any leftover, it makes a great chicken salad,too. Thank you, Debra, for sharing this chicken recipe. The balance of spices makes this recipe stand out over many other similar ones!!!!
In my 'neck-of-the-woods' this is called "Beer-Can Butt Chicken"......and YES it's good!......thanks for the chuckle on a different perspective on the name......;)
I've been wanting to try one of these "beer butt chicken" recipes, and I'm glad I picked this one! Very tasty! UPDATE: I used this on the grill. I still cut the recipe in half and used it on 2 small chickens. I grilled on indirect heat for about 2 hours...fantastic!! NEWER UPDATE: Did this on the smoker....UNBELIEVABLE!!! Soooo good! I tried a different recipe once, and my family said "Never Again!" This is the only recipe I'll use!!
